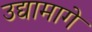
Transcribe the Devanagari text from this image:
उद्यामागे